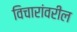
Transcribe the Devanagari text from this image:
विचारांवरील